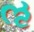
ઌ